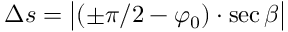
\Delta s = { \big | } ( \pm \pi / 2 - \varphi _ { 0 } ) \cdot \sec \beta { \big | }